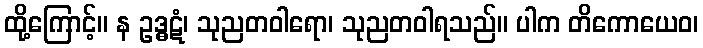
ထို့ကြောင့်။ န ဥဒ္ဓဋံ၊ သုညတဝါရော၊ သုညတဝါရသည်။ ပါက တိကောယေဝ၊